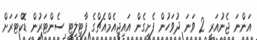
އަންނަ ޖެނުއަރީ 2 ވަނަ ދުވަހުން ފެށިގެން އައިޖީއެމްއެޗްގެ ފާޓިލިޓީ ސެންޓަރުން ޑޮކްޓަރަށް